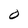
Character: O